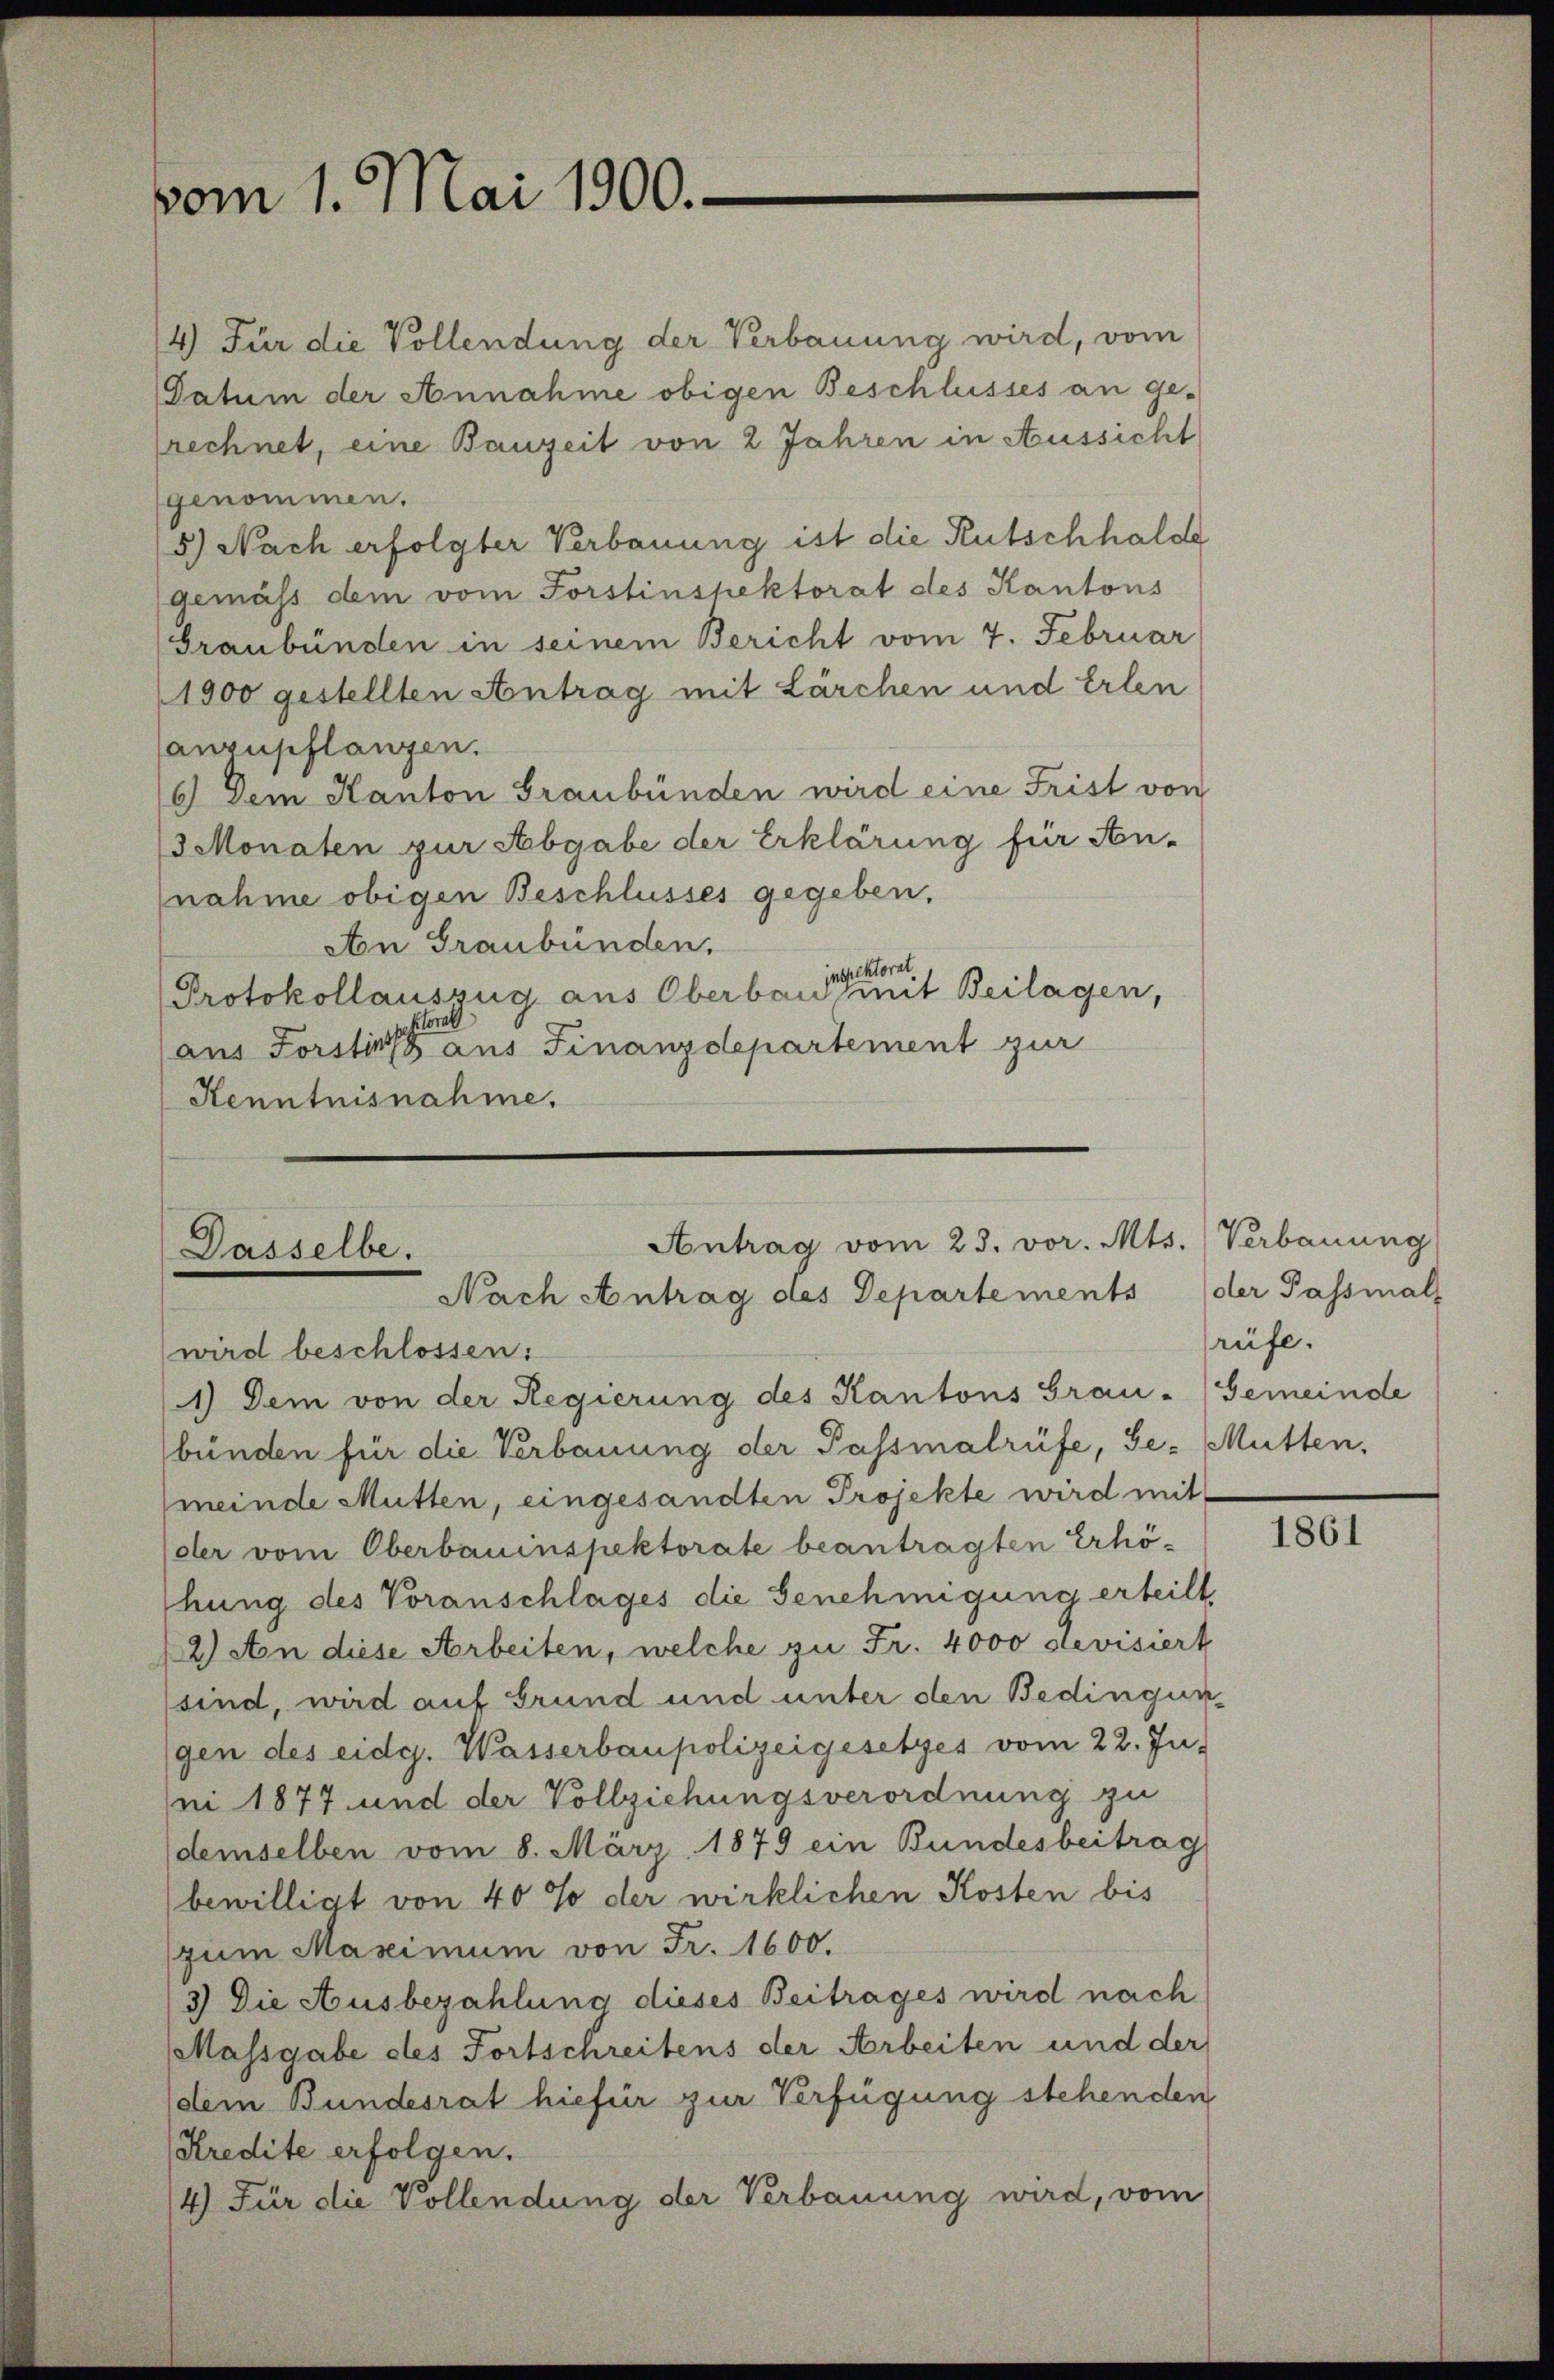
vom 1. Mai 1900.

4) Für die Vollendung der Verbauung wird, vom
Datum der Annahme obigen Beschlusses an ge-
rechnet, eine Bauzeit von 2 Jahren in Aussicht
genommen.
5.) Nach erfolgter Verbauung ist die Rutschhalde
gemäss dem vom Forstinspektorat des Kantons
Graubünden in seinem Bericht vom 7. Februar
(1900 gestellten Antrag mit Lärchen und Erlen
lanzupflanzen.
6) Dem Kanton Graubünden wird eine Frist von
3 Monaten zur Abgabe der Erklärung für An-
nahme obigen Beschlusses gegeben.
Aon Graubünden.
inspektorat.
Protokollauszug aus Oberband mit Beilagen,
ktoral
aus Forstins aus Finanzdepartement zur
Kenntnisnahme.

Antrag vom 23. vor. Mts. Verbauung
Dasselbe.
Nach Antrag des Departements (der Passmals
wird beschlossen:

1) Dem von der Regierung des Kantons Grau-Gemeinde
bünden für die Verbauung der Passmalrüfe, Ge- Mütten,
meinde Mütten, eingesandten Projekte wird mit
der vom Oberbauinspektorate beantragten Erhö-
hung des Voranschlages die Genehmigung erteilt,
2) An diese Arbeiten, welche zu Fr. 4000 devisiert
sind, wird auf Grund und unter den Bedingungen des eidg. Wasserbaupolizeigesetzes vom 22. Ju-
ni 1877 und der Vollziehungsverordnung zu
demselben vom 8. März 1879 ein Bundesbeitrag
bewilligt von 40% der wirklichen Kosten bis
zum Maximum von Fr. 1600.
3) Die Ausbezahlung dieses Beitrages wird nach
Massgabe des Fortschreitens der Arbeiten und der
dem Bundesrat hiefür zur Verfügung stehenden
Kredite erfolgen.
4) Für die Vollendung der Verbauung wird, vom

rüfe.

1861